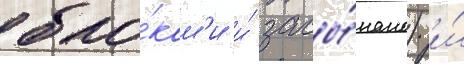
бло́кам'и и́ засы́пано) и́